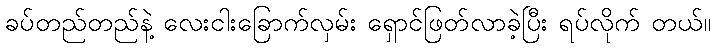
ခပ်တည်တည်နဲ့ လေးငါးခြောက်လှမ်း ရှောင်ဖြတ်လာခဲ့ပြီး ရပ်လိုက် တယ်။